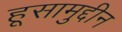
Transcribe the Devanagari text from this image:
हूसामुद्दीन